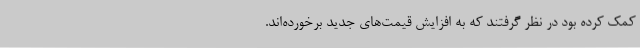
کمک کرده بود در نظر گرفتند که به افزایش قیمت‌های جدید برخورده‌اند.